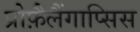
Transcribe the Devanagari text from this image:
प्रोफ़ैलैंगाप्सिस